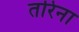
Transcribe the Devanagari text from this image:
तरिना